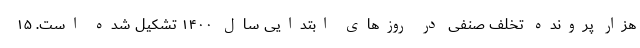
هزار پرونده تخلف صنفی در روزهای ابتدایی سال ۱۴۰۰ تشکیل شده است. ۱۵